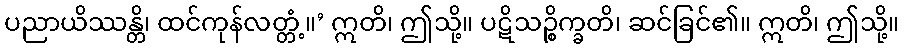
ပညာယိဿန္တိ၊ ထင်ကုန်လတ္တံ့။’ ဣတိ၊ ဤသို့။ ပဋိသဉ္စိက္ခတိ၊ ဆင်ခြင်၏။ ဣတိ၊ ဤသို့။